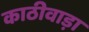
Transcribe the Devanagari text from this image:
काठीवाड़ा